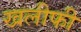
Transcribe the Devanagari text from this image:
खलीफी